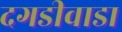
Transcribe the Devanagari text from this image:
दगडीवाडा